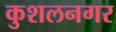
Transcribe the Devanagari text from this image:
कुशलनगर